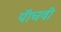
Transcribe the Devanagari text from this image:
पॅाचवी